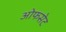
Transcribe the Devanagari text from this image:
ओफसेट